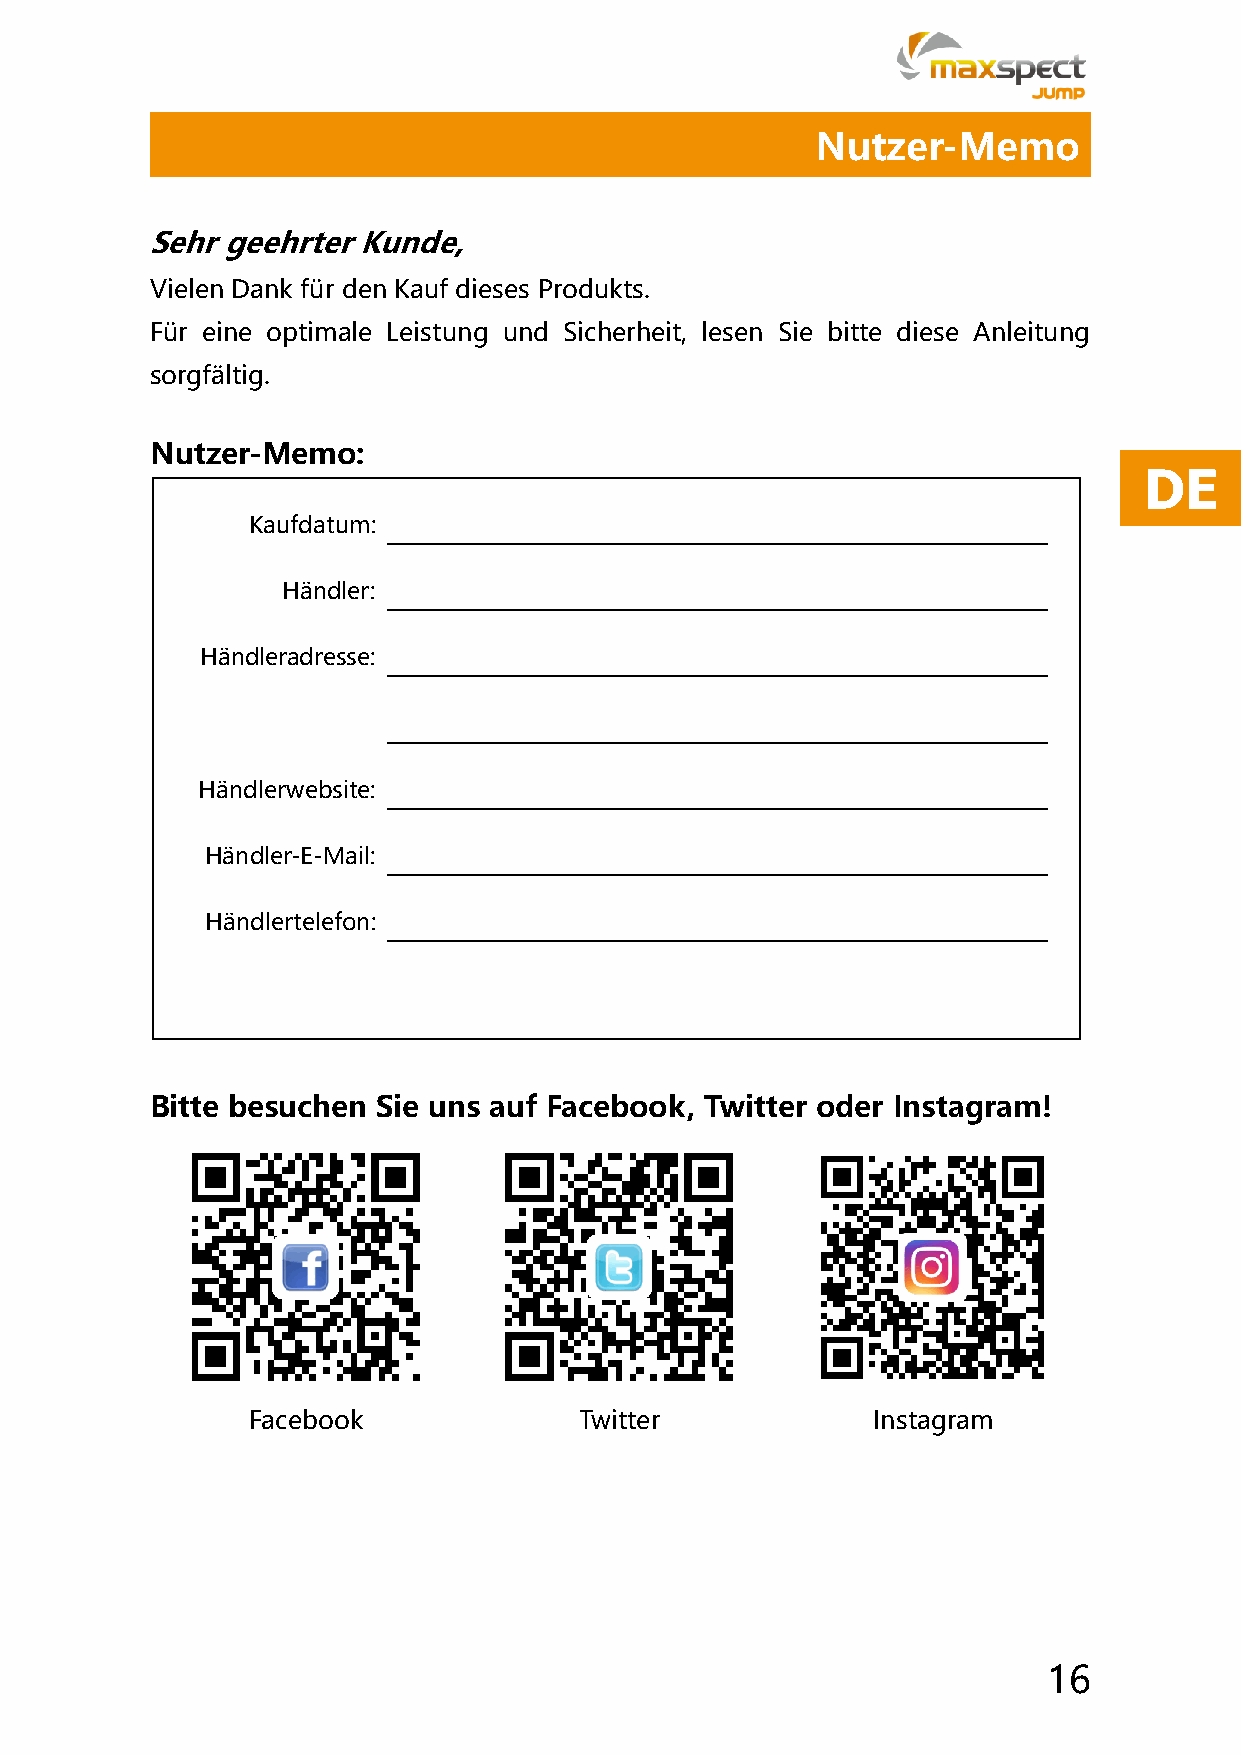
Nutzer-Memo
 Sehr geehrter Kunde,
 Vielen Dank für den Kauf dieses Produkts.
 Für eine optimale Leistung und Sicherheit, lesen Sie bitte diese Anleitung
 sorgfältig.
 Nutzer-Memo:
 DE
 Kaufdatum:
 Händler:
 Händleradresse:
 Händlerwebsite:
 Händler-E-Mail:
 Händlertelefon:
 Bitte besuchen Sie uns auf Facebook, Twitter oder Instagram!
 Facebook              Twitter             Instagram
 16